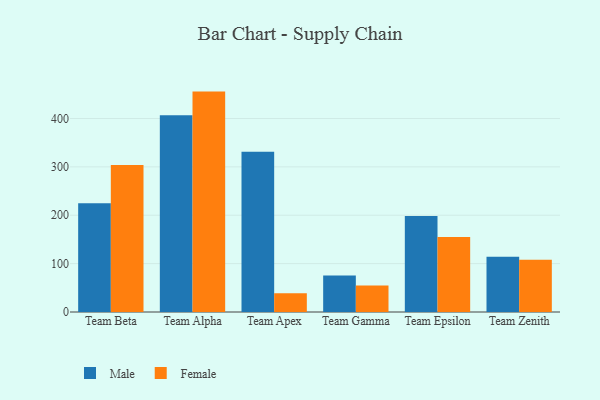
{"axis": {"x": "Team", "y": "Inventory Turnover"}, "legend": ["Female", "Male"], "data": [{"x": "Team Beta", "y": 224.9, "type": "Male"}, {"x": "Team Beta", "y": 303.9, "type": "Female"}, {"x": "Team Alpha", "y": 406.7, "type": "Male"}, {"x": "Team Alpha", "y": 455.6, "type": "Female"}, {"x": "Team Apex", "y": 331.5, "type": "Male"}, {"x": "Team Apex", "y": 39.0, "type": "Female"}, {"x": "Team Gamma", "y": 75.6, "type": "Male"}, {"x": "Team Gamma", "y": 54.7, "type": "Female"}, {"x": "Team Epsilon", "y": 198.3, "type": "Male"}, {"x": "Team Epsilon", "y": 154.9, "type": "Female"}, {"x": "Team Zenith", "y": 114.1, "type": "Male"}, {"x": "Team Zenith", "y": 108.0, "type": "Female"}]}